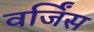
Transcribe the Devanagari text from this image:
वर्जिंस